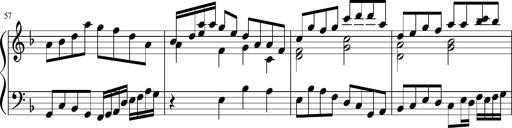
Title: Sonatina in F major
Composer: Ethan Ngo
Key: F major